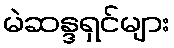
မဲဆန္ဒရှင်များ